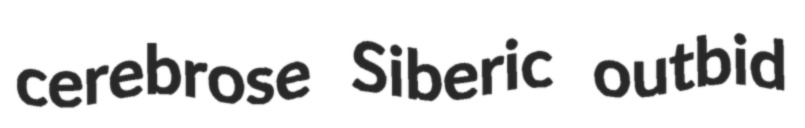
cerebrose Siberic outbid